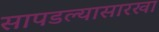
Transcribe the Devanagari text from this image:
सापडल्यासारखा